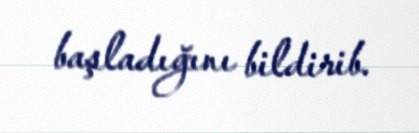
başladığını bildirib.